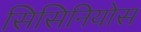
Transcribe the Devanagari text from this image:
सिसिनियोस